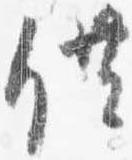
供